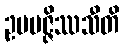
ဥပပဇ္ဇိဿသီတိ